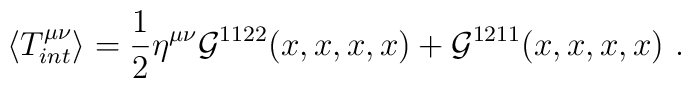
\langle T_{int}^{\mu \nu} \rangle = \frac{1}{2} \eta^{\mu \nu}{\cal{G}}^{1122}(x,x,x,x) + {\cal{G}}^{1211}(x,x,x,x) \ .